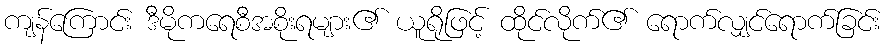
ကျန်ကြောင်း ဒီမိုကရေစီအစိုးရများ၏ ယူရိုဖြင့် ထိုင်လိုက်၏ ရောက်လျှင်ရောက်ခြင်း